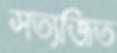
সত্যজিত